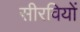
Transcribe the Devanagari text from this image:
सीरवियों